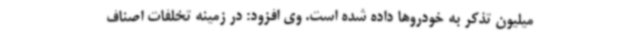
میلیون تذکر به خودروها داده شده است. وی افزود: در زمینه تخلفات اصناف